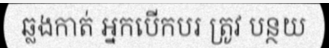
ឆ្លងកាត់ អ្នកបើកបរ ត្រូវ បន្ថយ